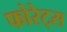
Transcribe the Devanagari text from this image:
फोरेट्स